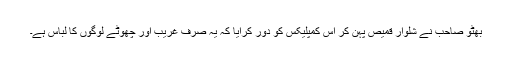
بھٹو صاحب نے شلوار قمیص پہن کر اس کمپلیکس کو دور کرایا کہ یہ صرف غریب اور چھوٹے لوگوں کا لباس ہے۔